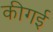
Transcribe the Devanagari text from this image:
कीगई